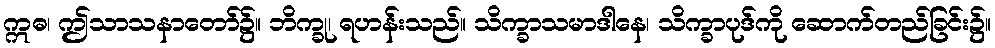
ဣဓ၊ ဤသာသနာတော်၌။ ဘိက္ခု၊ ရဟန်းသည်။ သိက္ခာသမာဒါနေ၊ သိက္ခာပုဒ်ကို ဆောက်တည်ခြင်း၌။